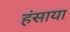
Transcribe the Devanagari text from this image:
हंसाया